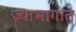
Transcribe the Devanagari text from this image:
ज्याभागात